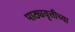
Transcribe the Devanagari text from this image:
पाठ्यवृत्तीच्या